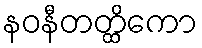
နဝနီတတ္ထိကော